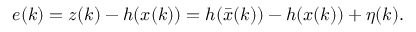
e ( k ) = z ( k ) - h ( x ( k ) ) = h ( \bar { x } ( k ) ) - h ( x ( k ) ) + \eta ( k ) .